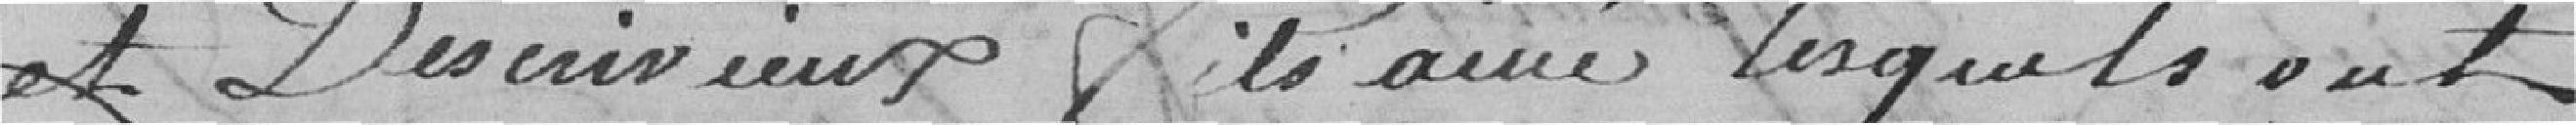
et Descrivieux fils ainé lesquels ont